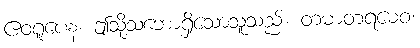
ဧဝရူပေန၊ ဤသို့သဘောရှိသောသူသည်။ တမာတရမေဝ၊